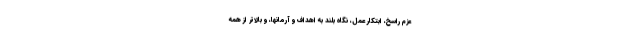
عزم راسخ، ابتکار عمل، نگاه بلند به اهداف و آرمانها، و بالاتر از همه